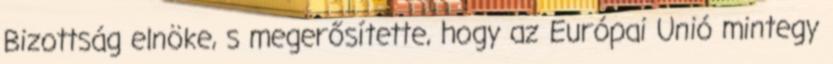
Bizottság elnöke, s megerősítette, hogy az Európai Unió mintegy